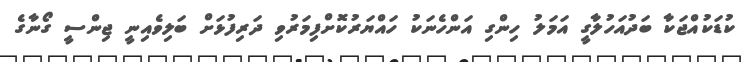
ކުޑަކުއްޖަކާ ބަދުއަހުލާގީ އަމަލު ހިންގި އަންހެނަކު ހައްޔަރުކޮށްފިމަރުވި ދަރިފުޅަށް ބަލިވެއިނީ ޖިންސީ ގޯނާގެ